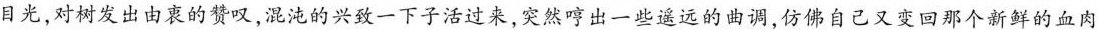
日光，对树发出由衷的赞叹，混沌的兴致一下子活过来，突然哼出一些遥远的曲调，仿佛自己又变回那个新鲜的血肉